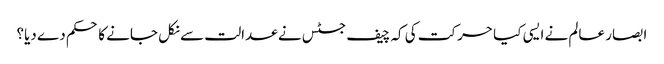
ابصار عالم نے ایسی کیا حرکت کی کہ چیف جسٹس نے عدالت سے نکل جانے کا حکم دے دیا؟